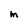
Character: M